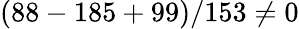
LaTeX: (88-185+99)/153\neq 0